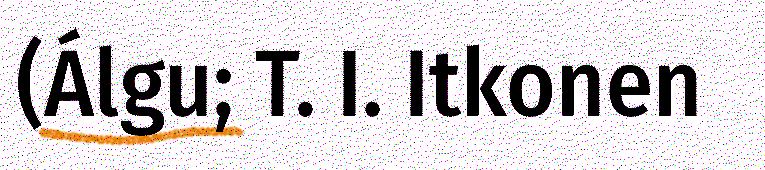
(Álgu; T. I. Itkonen